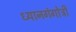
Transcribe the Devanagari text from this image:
ध्यानगंगोत्री